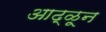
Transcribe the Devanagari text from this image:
आढ्ळून